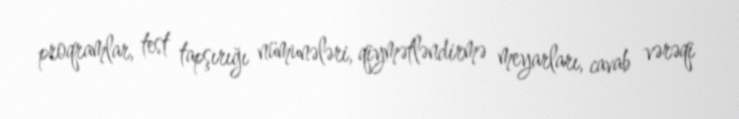
proqramlar, test tapşırığı nümunələri, qiymətləndirmə meyarları, cavab vərəqi